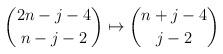
LaTeX: \begin{align*} \binom{2n-j-4}{n-j-2} \mapsto \binom{n+j-4}{j-2} \end{align*}